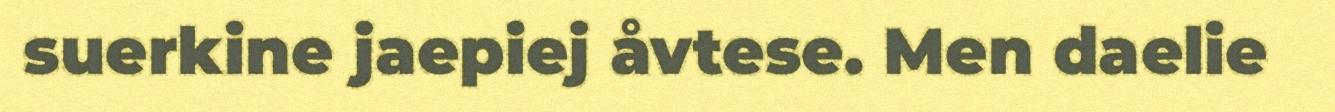
suerkine jaepiej åvtese. Men daelie